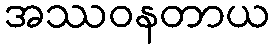
အဿဝနတာယ